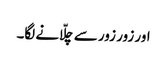
اور زور زور سے چلّانے لگا۔